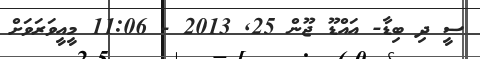
ސީ ދި ބިޑާ- އައްޑޫ ޖޫން 25